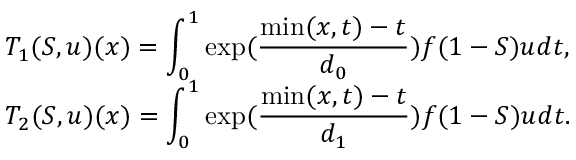
\begin{array} { l l l l } & { T _ { 1 } ( S , u ) ( x ) = \displaystyle \int _ { 0 } ^ { 1 } \exp ( \frac { \operatorname* { m i n } ( x , t ) - t } { d _ { 0 } } ) f ( 1 - S ) u d t , } \\ & { T _ { 2 } ( S , u ) ( x ) = \displaystyle \int _ { 0 } ^ { 1 } \exp ( \frac { \operatorname* { m i n } ( x , t ) - t } { d _ { 1 } } ) f ( 1 - S ) u d t . } \end{array}